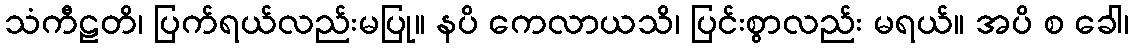
သံကီဠတိ၊ ပြက်ရယ်လည်းမပြု။ နပိ ကေလာယသိ၊ ပြင်းစွာလည်း မရယ်။ အပိ စ ခေါ၊